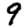
Digit: 9